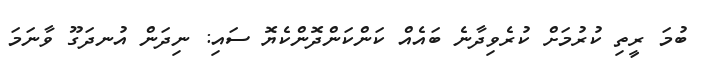
ބުމަ ރީތި ކުރުމަށް ކުރެވިދާނެ ބައެއް ކަންކަންދޮންކެޔޮ ސައި: ނިދަން އުނދަގޫ ވާނަމަ